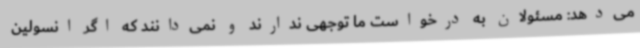
می‌دهد: مسئولان به درخواست ما توجهی ندارند و نمی‌دانند که اگر انسولین